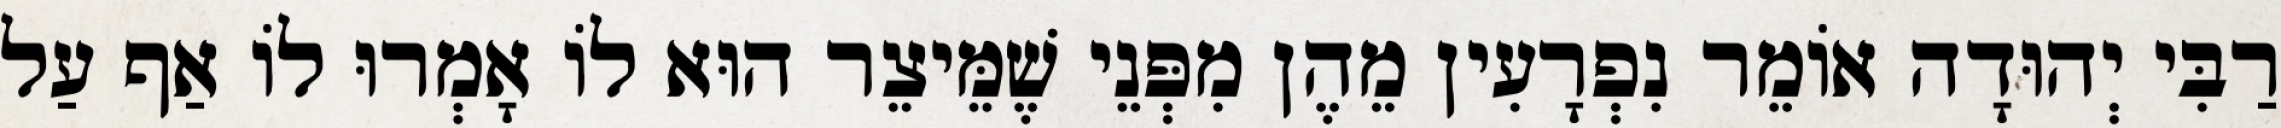
רַבִּי יְהוּדָה אוֹמֵר נִפְרָעִין מֵהֶן מִפְּנֵי שֶׁמֵּיצֵר הוּא לוֹ אָמְרוּ לוֹ אַף עַל